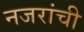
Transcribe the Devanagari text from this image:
नजरांची